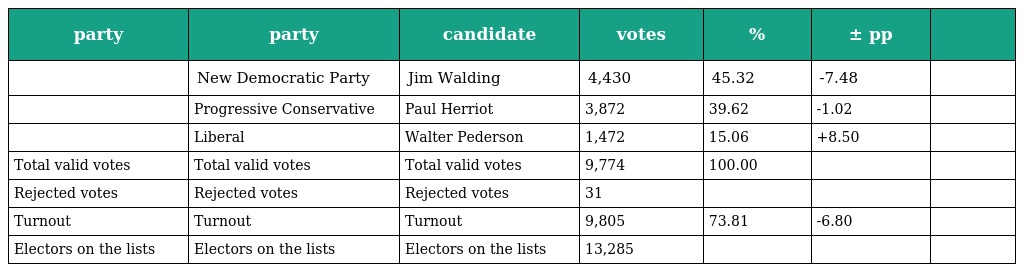
| party | party | candidate | votes | % | ± pp |  |
 | --- | --- | --- | --- | --- | --- | --- |
 |  | New Democratic Party | Jim Walding | 4,430 | 45.32 | -7.48 |  |
 |  | Progressive Conservative | Paul Herriot | 3,872 | 39.62 | -1.02 |  |
 |  | Liberal | Walter Pederson | 1,472 | 15.06 | +8.50 |  |
 | Total valid votes | Total valid votes | Total valid votes | 9,774 | 100.00 |  |  |
 | Rejected votes | Rejected votes | Rejected votes | 31 |  |  |  |
 | Turnout | Turnout | Turnout | 9,805 | 73.81 | -6.80 |  |
 | Electors on the lists | Electors on the lists | Electors on the lists | 13,285 |  |  |  |